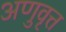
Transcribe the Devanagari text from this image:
अणुवृत्त